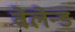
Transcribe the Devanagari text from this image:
वेलेन्ड